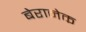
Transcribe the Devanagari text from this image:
बेरानेक